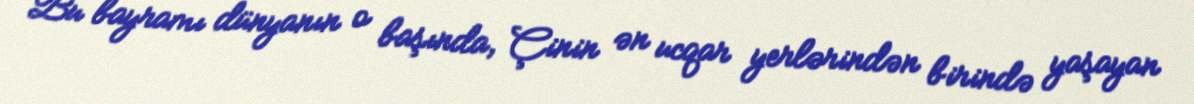
Bu bayramı dünyanın o başında, Çinin ən ucqar yerlərindən birində yaşayan